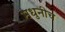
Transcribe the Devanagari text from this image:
मधुनीच